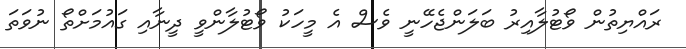
ރައްޔިތުން ވޯޓުލާއިރު ބަލަންޖެހޭނީ ވެސް އެ މީހަކު ވޯޓުލާންވީ ދީނާއި ގައުމަށްތޯ ނުވަތަ